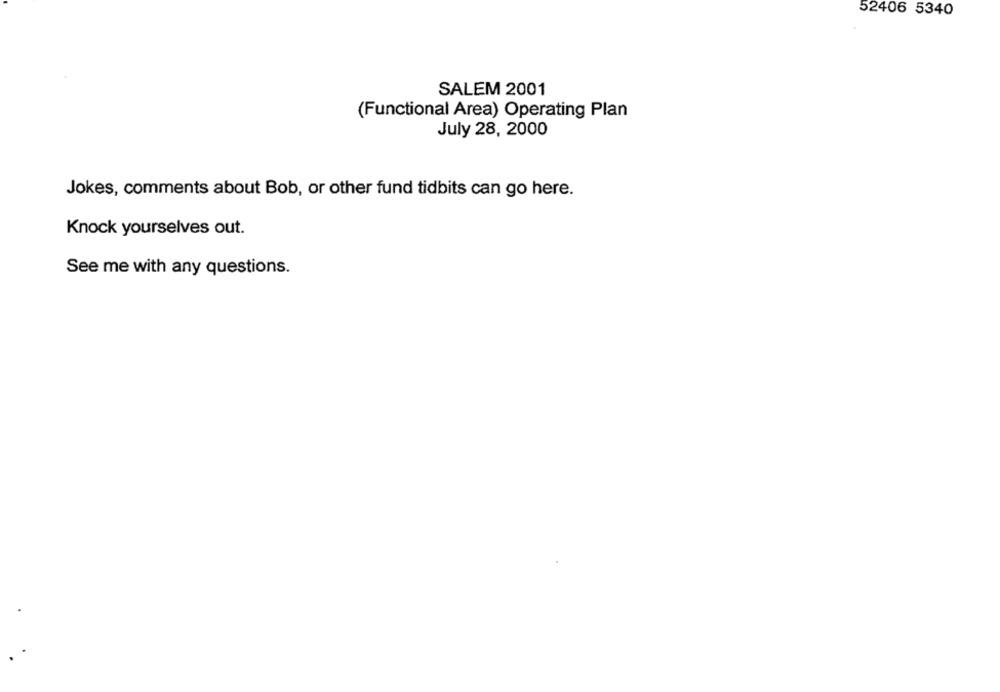
52406 5340
SALEM 2001
(Functional Area) Operating Plan
July 28, 2000
Jokes, comments about Bob, or other fund tidbits can go here.
Knock yourselves out.
See me with any questions.